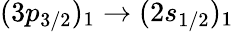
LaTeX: (3p_{3/2})_{1}\rightarrow(2s_{1/2})_{1}